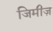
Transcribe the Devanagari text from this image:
जिमीज़